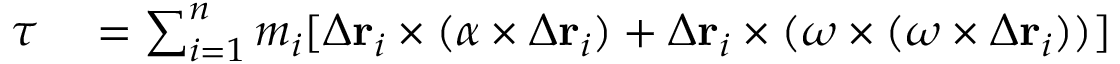
\begin{array} { r l } { { \boldsymbol { \tau } } } & { { } = \sum _ { i = 1 } ^ { n } m _ { i } [ { \boldsymbol { \Delta } } \mathbf { r } _ { i } \times ( { \boldsymbol { \alpha } } \times { \boldsymbol { \Delta } } \mathbf { r } _ { i } ) + { \boldsymbol { \Delta } } \mathbf { r } _ { i } \times ( { \boldsymbol { \omega } } \times ( { \boldsymbol { \omega } } \times { \boldsymbol { \Delta } } \mathbf { r } _ { i } ) ) ] } \end{array}